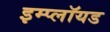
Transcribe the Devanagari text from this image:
इम्प्लॉयड